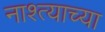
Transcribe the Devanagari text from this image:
नाश्त्याच्या